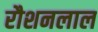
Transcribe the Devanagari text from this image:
रौशनलाल